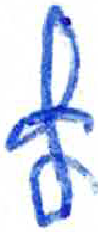
אות: צ